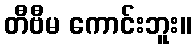
တီဗီမ ကောင်းဘူး။